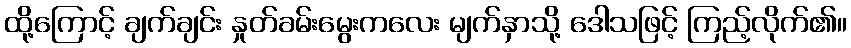
ထို့ကြောင့် ချက်ချင်း နှုတ်ခမ်းမွေးကလေး မျက်နှာသို့ ဒေါသဖြင့် ကြည့်လိုက်၏။